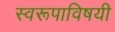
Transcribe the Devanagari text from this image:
स्वरूपाविषयी